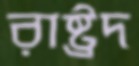
রাষ্ট্রদ